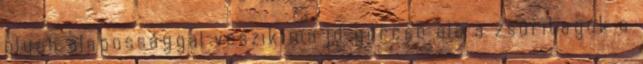
olyan alapossággal veszik majd górcső alá a zsűritagok a